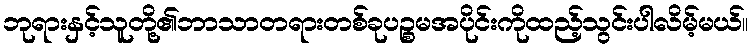
ဘုရားနှင့်သူတို့၏ဘာသာတရားတစ်ခုပဉ္စမအပိုင်းကိုထည့်သွင်းပါလိမ့်မယ်။